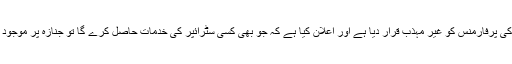
چین کی وزارت ثقافت نے اس طرح کی پرفارمنس کو غیر مہذب قرار دیا ہے اور اعلان کیا ہے کہ جو بھی کسی سٹرائپر کی خدمات حاصل کرے گا تو جنازہ پر موجود تمام افراد کو سزا کا سامنا کرنا ہو گا۔